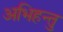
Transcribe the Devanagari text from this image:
अभिहन्तु